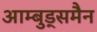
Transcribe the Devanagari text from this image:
आम्बुड्समैन